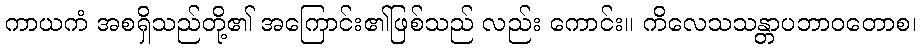
ကာယကံ အစရှိသည်တို့၏ အကြောင်း၏ဖြစ်သည် လည်း ကောင်း။ ကိလေသသန္တာပဘာဝတောစ၊